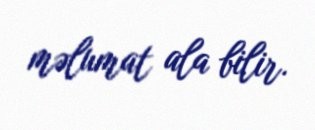
məlumat ala bilir.